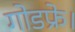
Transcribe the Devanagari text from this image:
गोडफ्रे।